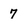
Character: 7